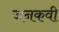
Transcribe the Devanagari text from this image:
जनकवी